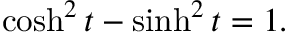
\cosh ^ { 2 } t - \sinh ^ { 2 } t = 1 .